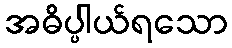
အဓိပ္ပါယ်ရသော